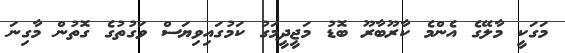
މަގަކީ މާލޭގެ އެންމެ ކާރޫބާރޫ ބޮޑު މަޖީދީމަގު ކަމުގައިވިޔަސް ވަގުތުގެ ގޮތުން މާގިނަ